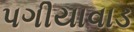
પગીયાવાડ